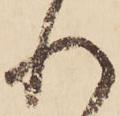
れ